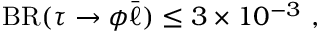
\mathrm { B R } ( \tau \to \phi \bar { \ell } ) \leq 3 \times 1 0 ^ { - 3 } ~ ,